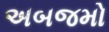
અબજમો